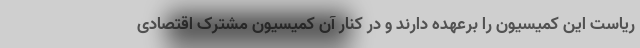
ریاست این کمیسیون را برعهده دارند و در کنار آن کمیسیون مشترک اقتصادی